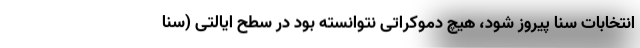
انتخابات سنا پیروز شود، هیچ دموکراتی نتوانسته بود در سطح ایالتی (سنا